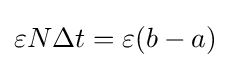
\varepsilon N\Delta t=\varepsilon (b-a)